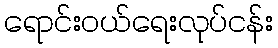
ရောင်းဝယ်ရေးလုပ်ငန်း